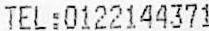
TEL:0122144371